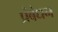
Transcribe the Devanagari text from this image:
प्रंबंधन